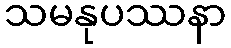
သမနုပဿနာ